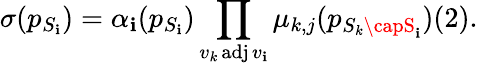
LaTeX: \sigma(p_{S_{\mathbf{i}}})=\alpha_{\mathbf{i}}(p_{S_{\mathbf{i}}})\prod_{v_{k}\operatorname{adj}v_{\mathbf{i}}}\mu_{k,j}(p_{S_{k}\capS_{\mathbf{i}}})(2).